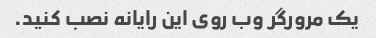
یک مرورگر وب روی این رایانه نصب کنید.